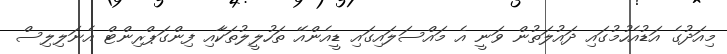
މިއަދުގެ އަޑުއެހުމުގައި ދައުލަތުން ވަނީ އެ މައްސަލައިގައި ޑީއެންއޭ ތަހުލީލުތަކާއި ފިންގަޕްރިންޓް އެނަލިލިސް